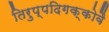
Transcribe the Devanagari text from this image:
तिरुप्पदिगक्कोवै